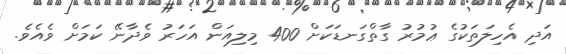
އަދި އެހިލަތަކުގެ ޢުމުރު ގާތްގަނޑަކަށް 400 މިލިއަން އަހަރު ވެދާނޭ ކަމަށް ވެއެވެ.